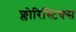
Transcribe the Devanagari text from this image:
फ्लोरिस्टिक्स